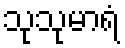
သုသုမာရံ